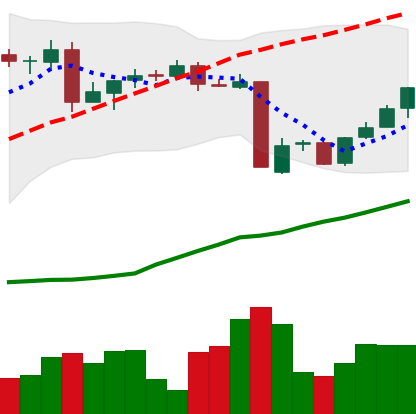
Ticker: BTC-USD
Chart end date: 2016-05-26
Forward return: 17.204%
Label: up_7plus